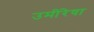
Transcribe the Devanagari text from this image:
उमींरेषा